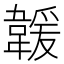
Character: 𩏅